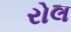
રોલ